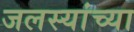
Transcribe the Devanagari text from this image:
जलस्यांच्या